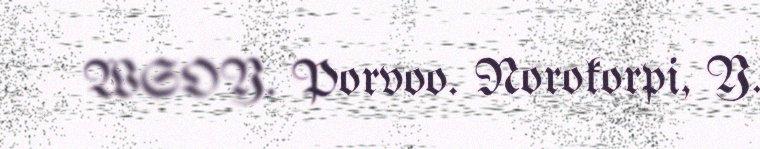
WSOY. Porvoo. Norokorpi, Y.